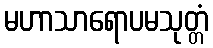
မဟာသာရောပမသုတ္တံ